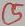
Text: C5